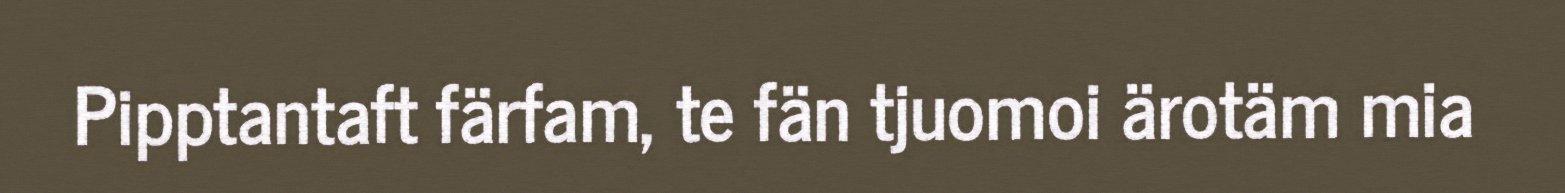
Pipptantaft färfam, te fän tjuomoi ärotäm mia